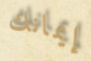
إيمانك